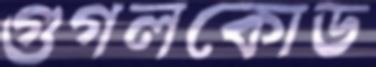
গুগলকোড